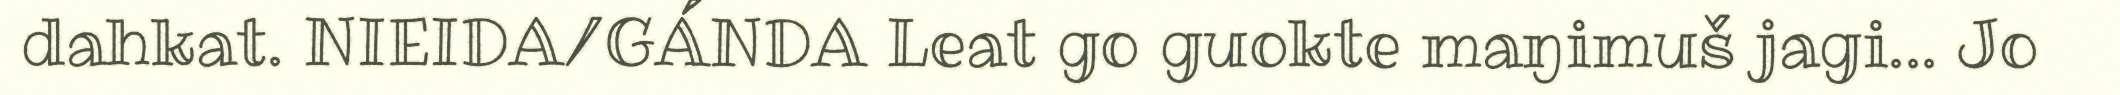
dahkat. NIEIDA/GÁNDA Leat go guokte maŋimuš jagi... Jo